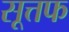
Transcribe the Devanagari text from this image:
सूत्तफ